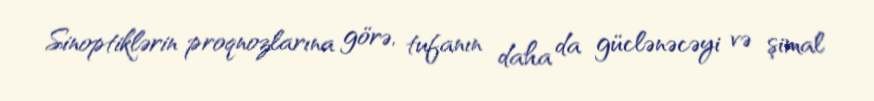
Sinoptiklərin proqnozlarına görə, tufanın daha da güclənəcəyi və şimal